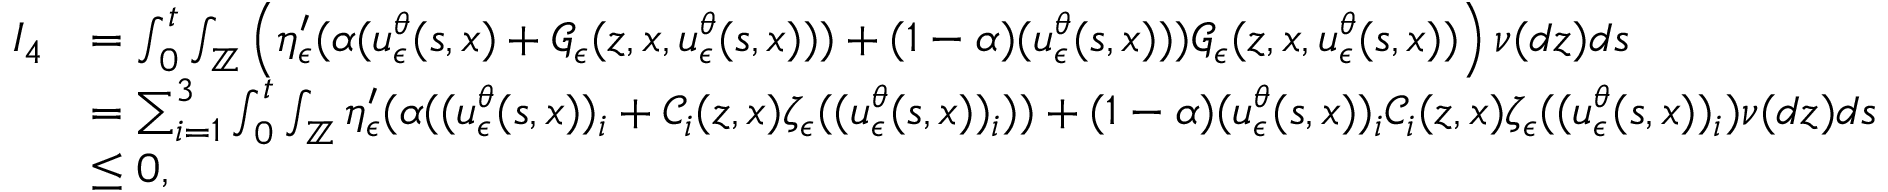
\begin{array} { r l } { I _ { 4 } } & { = \int _ { 0 } ^ { t } \int _ { \mathbb { Z } } \left( \eta _ { \epsilon } ^ { \prime } ( \alpha ( u _ { \epsilon } ^ { \theta } ( s , x ) + \mathcal { G } _ { \epsilon } ( z , x , u _ { \epsilon } ^ { \theta } ( s , x ) ) ) + ( 1 - \alpha ) ( u _ { \epsilon } ^ { \theta } ( s , x ) ) ) \mathcal { G } _ { \epsilon } ( z , x , u _ { \epsilon } ^ { \theta } ( s , x ) ) \right) \nu ( d z ) d s } \\ & { = \sum _ { i = 1 } ^ { 3 } \int _ { 0 } ^ { t } \int _ { \mathbb { Z } } \eta _ { \epsilon } ^ { \prime } ( \alpha ( ( u _ { \epsilon } ^ { \theta } ( s , x ) ) _ { i } + \mathcal { C } _ { i } ( z , x ) \zeta _ { \epsilon } ( ( u _ { \epsilon } ^ { \theta } ( s , x ) ) _ { i } ) ) + ( 1 - \alpha ) ( u _ { \epsilon } ^ { \theta } ( s , x ) ) _ { i } \mathcal { C } _ { i } ( z , x ) \zeta _ { \epsilon } ( ( u _ { \epsilon } ^ { \theta } ( s , x ) ) _ { i } ) \nu ( d z ) d s } \\ & { \leq 0 , } \end{array}